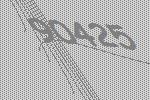
90425